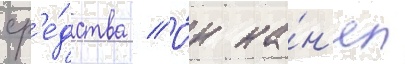
ср'е́дства // О́н на́н'ял